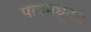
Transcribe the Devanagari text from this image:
पायमधूनच